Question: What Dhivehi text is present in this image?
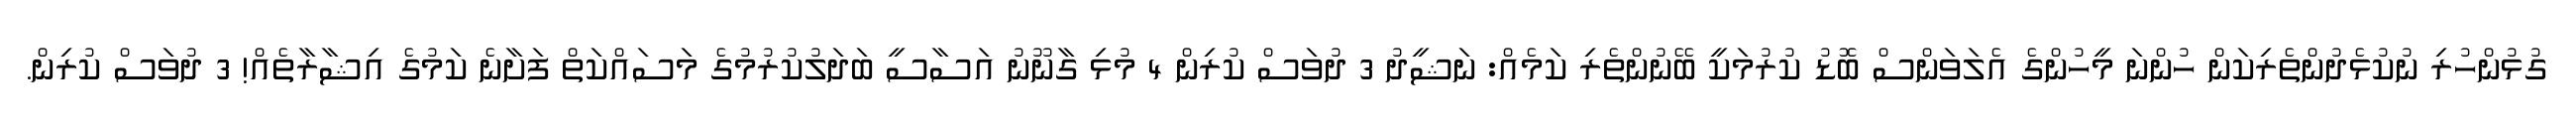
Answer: ގުޅުންހުރި ނުކުޅެދުންތެރިކަން ހުންނަ މީހުންގެ އެލަވަންސް ބޮޑު ކުރުމަކީ ބޭނުންތެރި ކަމެއް: ނަޝީދު 3 ދުވަސް ކުރިން 4 މުޅި ގާނޫނު އަސާސީ ބަދަލުކުރުމުގެ މަސައްކަތް ފަށާނެ ކަމުގެ އިޝާރާތެއް! 3 ދުވަސް ކުރިން.